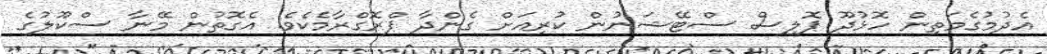
އެދުމުގެމަތިން ހޮޅުދޫ ޕޮލިސް ސްޓޭޝަނުން ކުރިއަށް ގެންދާ ޕްރޮގްރާމެކެވެ. އެގޮތުން މޭނާ ސްކޫލުގެ